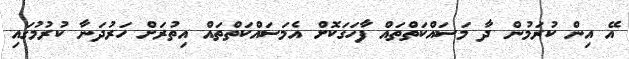
އޭ އިން ކުރަމުން ދާ މަސައްކަތްތައް ފާހަގަކޮށް އެމަސައްކަތްތައް އިތުރަށް ހަރުދަނާ ކުރުމުގައި